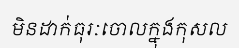
មិនដាក់ធុរៈចោលក្នុងកុសល